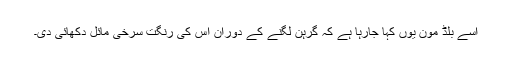
اسے بلڈ مون یوں کہا جارہا ہے کہ گرہن لگنے کے دوران اس کی رنگت سرخی مائل دکھائی دی۔